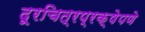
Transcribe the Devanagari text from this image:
दूरचित्रप्रक्षेपणे